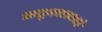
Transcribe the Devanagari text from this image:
तालुक्यातआहे